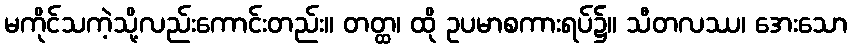
မကိုင်သကဲ့သို့လည်းကောင်းတည်း။ တတ္ထ၊ ထို ဥပမာစကားရပ်၌။ သီတလဿ၊ အေးသော